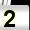
Digit: 2